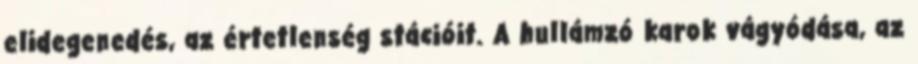
elidegenedés, az értetlenség stációit. A hullámzó karok vágyódása, az